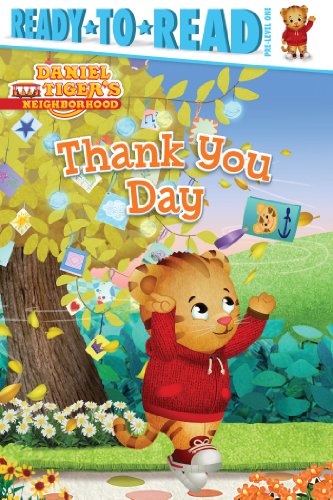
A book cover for Thank You Day (Daniel Tiger's Neighborhood); Children's Books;